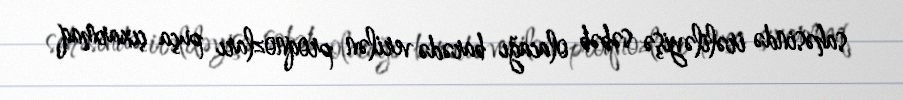
sahəsində irəliləyişə səbəb olacağı barədə verilən proqnozları puça çıxarmaq